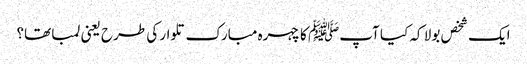
ایک شخص بولا کہ کیا آپﷺ کا چہرہ مبارک تلوار کی طرح یعنی لمبا تھا؟